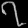
Digit: ၇